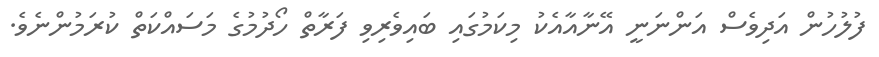
ފުލުހުން އަދިވެސް އަންނަނީ އޭނާއާއެކު މިކަމުގައި ބައިވެރިވި ފަރާތް ހޯދުމުގެ މަސައްކަތް ކުރަމުންނެވެ.